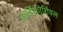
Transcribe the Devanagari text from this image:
आर्टिफीशियल